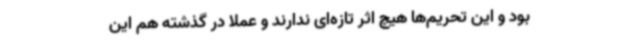
بود و این تحریم‌ها هیچ اثر تازه‌ای ندارند و عملاً در گذشته هم این